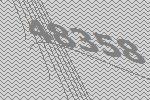
48358